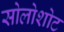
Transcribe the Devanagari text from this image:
सोलोशोट